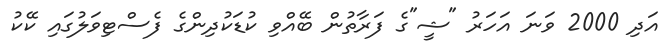
އަދި 2000 ވަނަ އަހަރު "ޝީ"ގެ ފަރާތުން ބޭއްވި ކުޑަކުދިންގެ ފެސްޓިވަލުގައި ކޭކު